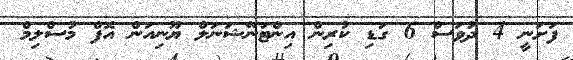
ފަށަނީ 4 ދުވަސް 6 ގަޑި ކުރިން އިންޓަނޭޝަނަލް ޔޫނިއަން އޮފް މުސްލިމް